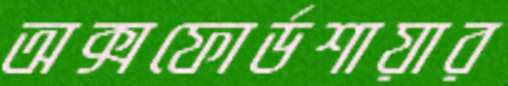
অক্সফোর্ডশায়ার